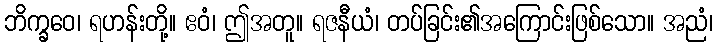
ဘိက္ခဝေ၊ ရဟန်းတို့။ ဧဝံ၊ ဤအတူ။ ရဇနီယံ၊ တပ်ခြင်း၏အကြောင်းဖြစ်သော။ အညံ၊